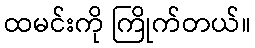
ထမင်းကို ကြိုက်တယ်။